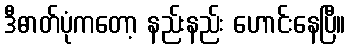
ဒီဓာတ်ပုံကတော့ နည်းနည်း ဟောင်းနေပြီ။